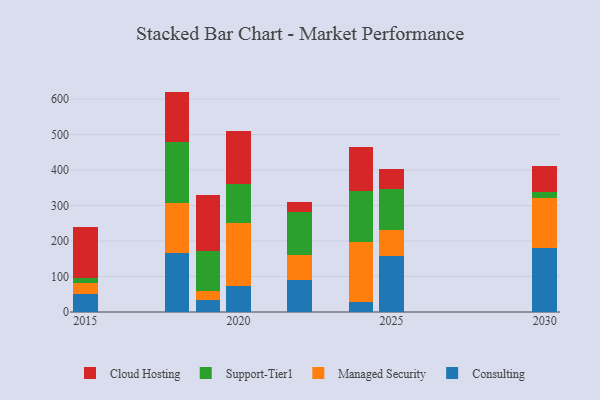
{"axis": {"x": "Year", "y": "Temperature (°C)"}, "legend": ["Cloud Hosting", "Consulting", "Managed Security", "Support-Tier1"], "data": [{"x": "2018", "y": 165.5, "type": "Consulting"}, {"x": "2018", "y": 140.8, "type": "Managed Security"}, {"x": "2018", "y": 171.7, "type": "Support-Tier1"}, {"x": "2018", "y": 142.9, "type": "Cloud Hosting"}, {"x": "2020", "y": 71.9, "type": "Consulting"}, {"x": "2020", "y": 178.1, "type": "Managed Security"}, {"x": "2020", "y": 111.6, "type": "Support-Tier1"}, {"x": "2020", "y": 147.5, "type": "Cloud Hosting"}, {"x": "2015", "y": 49.7, "type": "Consulting"}, {"x": "2015", "y": 32.7, "type": "Managed Security"}, {"x": "2015", "y": 14.4, "type": "Support-Tier1"}, {"x": "2015", "y": 142.3, "type": "Cloud Hosting"}, {"x": "2024", "y": 28.1, "type": "Consulting"}, {"x": "2024", "y": 169.4, "type": "Managed Security"}, {"x": "2024", "y": 143.1, "type": "Support-Tier1"}, {"x": "2024", "y": 125.3, "type": "Cloud Hosting"}, {"x": "2022", "y": 89.2, "type": "Consulting"}, {"x": "2022", "y": 71.8, "type": "Managed Security"}, {"x": "2022", "y": 121.9, "type": "Support-Tier1"}, {"x": "2022", "y": 27.6, "type": "Cloud Hosting"}, {"x": "2019", "y": 34.9, "type": "Consulting"}, {"x": "2019", "y": 24.7, "type": "Managed Security"}, {"x": "2019", "y": 112.1, "type": "Support-Tier1"}, {"x": "2019", "y": 158.9, "type": "Cloud Hosting"}, {"x": "2025", "y": 156.8, "type": "Consulting"}, {"x": "2025", "y": 74.1, "type": "Managed Security"}, {"x": "2025", "y": 115.6, "type": "Support-Tier1"}, {"x": "2025", "y": 57.2, "type": "Cloud Hosting"}, {"x": "2030", "y": 179.8, "type": "Consulting"}, {"x": "2030", "y": 141.0, "type": "Managed Security"}, {"x": "2030", "y": 18.0, "type": "Support-Tier1"}, {"x": "2030", "y": 72.2, "type": "Cloud Hosting"}]}